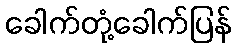
ခေါက်တုံ့ခေါက်ပြန်